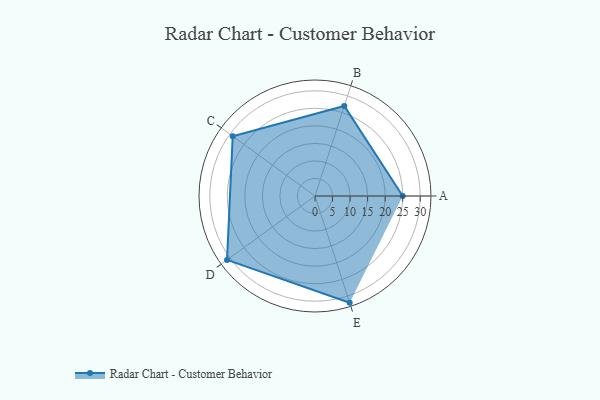
{"axis": {"x": "Skill", "y": "Score"}, "legend": ["Profile"], "data": [{"x": "A", "y": 25.0, "type": "Profile"}, {"x": "B", "y": 27.0, "type": "Profile"}, {"x": "C", "y": 29.0, "type": "Profile"}, {"x": "D", "y": 31.0, "type": "Profile"}, {"x": "E", "y": 32.0, "type": "Profile"}]}